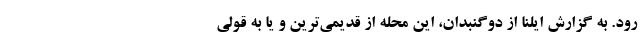
رود. به گزارش ایلنا از دوگنبدان، این محله از قدیمی‌ترین و یا به قولی